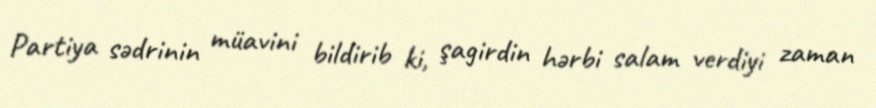
Partiya sədrinin müavini bildirib ki, şagirdin hərbi salam verdiyi zaman